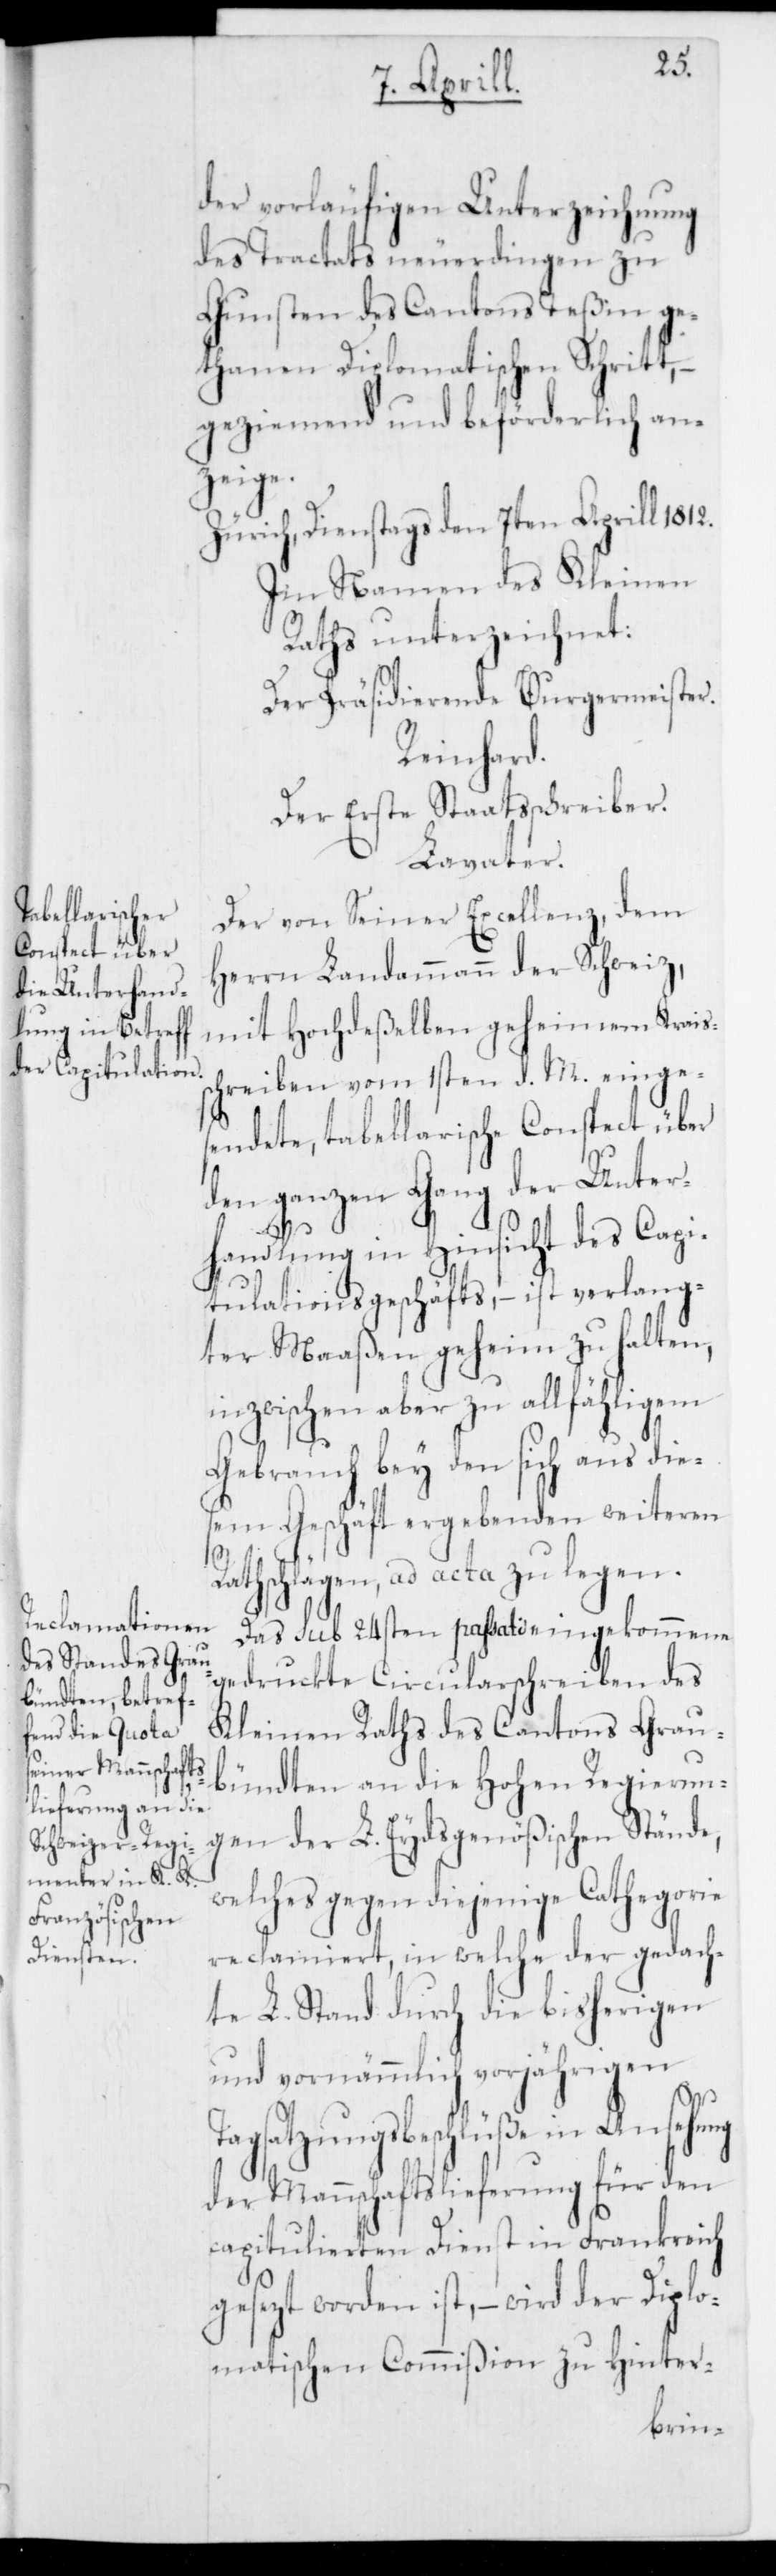
sc¬
der vorläufigen Unterzeichnung
des Tractats neuerdingen zu
Gunsten des Cantons Teßin ge¬
thanen Diplomatischen Schritt, –
geziemend und beförderlich an¬
zeige.
Zürich, Dienstags den 7ten Aprill 1812.
Im Namen des Kleinen
Rats unterzeichnet:
Der Präsidierende Burgermeister.
Reinhard.
Der erste Staatsschreiber.
Lavater.
Der von Seiner Excellenz, dem
Herrn Landammann der Schweiz,
mit Hochdeßelben geheimen Kreis¬
hreiben vom 1sten d. M. einges¬
endete, tabellarische Conspect über
den ganzen Gang der Unter¬
handlung in Hinsicht des Capi¬
tulationsgeschäfts, – ist verlang¬
ter Maaßen geheim zu halten,
inzwischen aber zu allfähligem
Gebrauch bey den sich aus die¬
sem Geschäft ergebenden weiteren
Rathschlägen, ad acta zu legen.
Das sub 24sten passati eingekommene
gedruckte Circularschreiben des
Kleinen Raths des Cantons Grau¬
bündten an die Hohen Regierun¬
gen der L. Eydsgenößischen Stände,
welches gegen diejenige Cathegorie
reclamiert, in welche der gedach¬
te L. Stand durch die bisherigen
und vornämmlich vorjährigen
Tagsatzungsbeschlüße in Ansehung
der Mannschaftslieferung für den
capitulierten Dienst in Frankreich
gesetzt worden ist, – wird der Diplo¬
matischen Commißion zu Hinter-